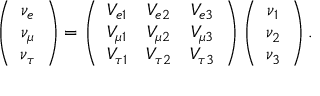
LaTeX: \left( \begin{array} { c } { { \nu _ { e } } } \\ { { \nu _ { \mu } } } \\ { { \nu _ { \tau } } } \end{array} \right) = \left( \begin{array} { c c c } { { V _ { e 1 } } } & { { V _ { e 2 } } } & { { V _ { e 3 } } } \\ { { V _ { \mu 1 } } } & { { V _ { \mu 2 } } } & { { V _ { \mu 3 } } } \\ { { V _ { \tau 1 } } } & { { V _ { \tau 2 } } } & { { V _ { \tau 3 } } } \end{array} \right) \left( \begin{array} { c } { { \nu _ { 1 } } } \\ { { \nu _ { 2 } } } \\ { { \nu _ { 3 } } } \end{array} \right) .